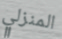
المنزلي